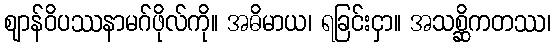
ဈာန်ဝိပဿနာမဂ်ဖိုလ်ကို။ အဓိမာယ၊ ရခြင်းငှာ။ အသစ္ဆိကတဿ၊